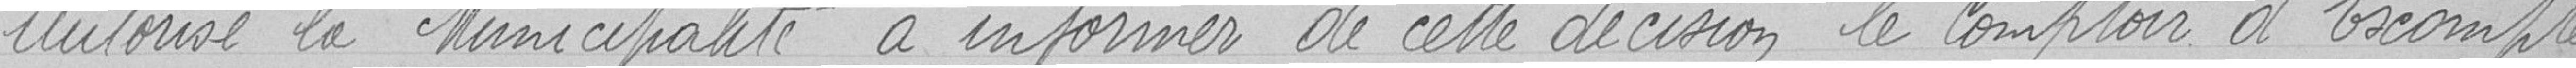
Autorise la Municipalité à informer de cette décision le Comptoir d'Escompte.